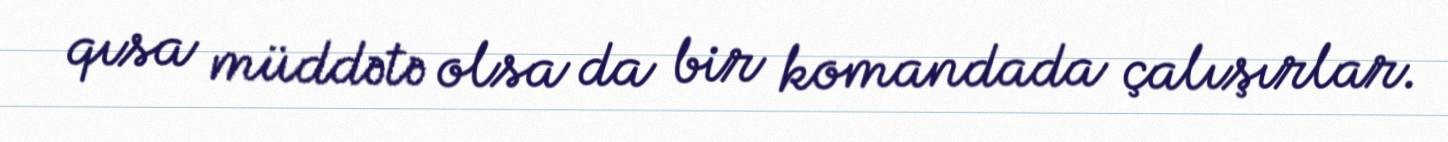
qısa müddətə olsa da bir komandada çalışırlar.